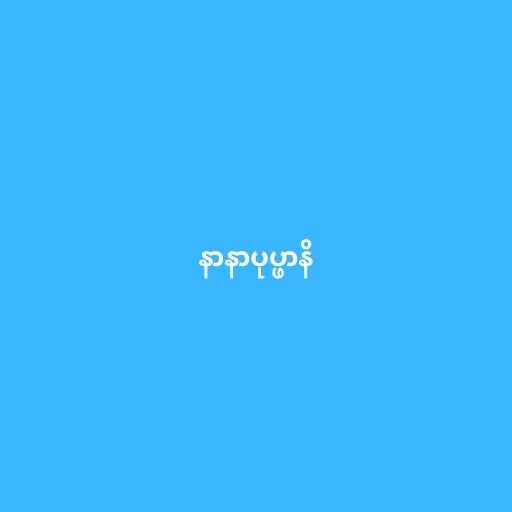
နာနာပုပ္ဖာနိ